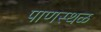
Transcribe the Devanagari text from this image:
पाणस्थळ